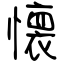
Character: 懐